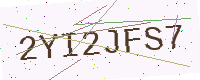
Text: 2YI2JFS7